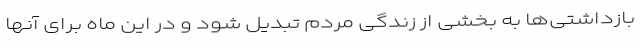
بازداشتی‌ها به بخشی از زندگی مردم تبدیل شود و در این ماه برای آنها